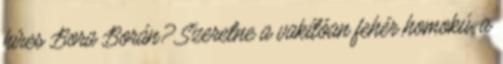
híres Bora Borán? Szeretne a vakítóan fehér homokú, a